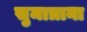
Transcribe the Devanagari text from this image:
सुमात्राना